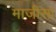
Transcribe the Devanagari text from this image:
माजीसा